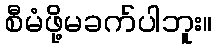
စီမံဖို့မခက်ပါဘူး။